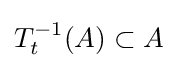
T_{t}^{-1}(A)\subset A